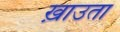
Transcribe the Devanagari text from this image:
ख़ाउता